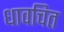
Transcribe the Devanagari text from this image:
धावचित